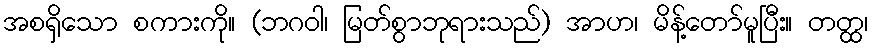
အစရှိသော စကားကို။ (ဘဂဝါ၊ မြတ်စွာဘုရားသည်) အာဟ၊ မိန့်တော်မူပြီး။ တတ္ထ၊